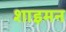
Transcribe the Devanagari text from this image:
शाइमन